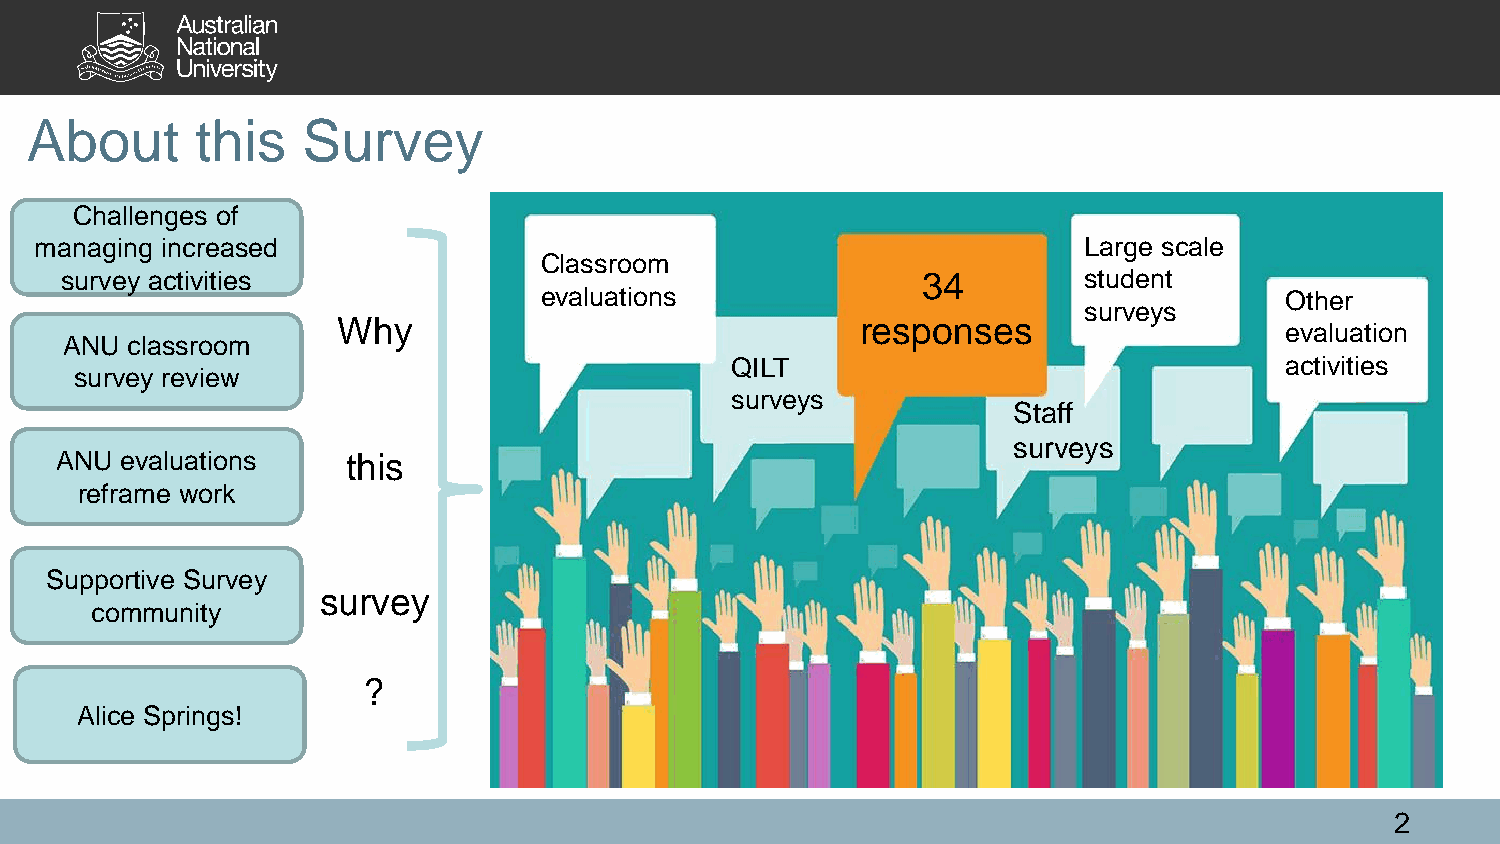
About      this   Survey
 Challenges of
 managing increased                                                    Large scale
 Classroom
 survey activities                                        34         student
 evaluations                                      Other
 surveys
 Why                                responses                   evaluation
 ANU classroom
 QILT                                 activities
 survey review
 surveys
 Staff
 surveys
 ANU evaluations    this
 reframe work
 Supportive Survey
 survey
 community
 ?
 Alice Springs!
 2